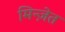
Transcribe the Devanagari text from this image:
मिन्ज़ेत